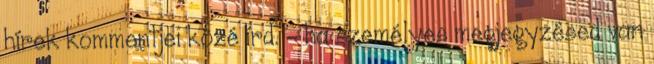
hírek kommentjei közé írd. - ha személyes megjegyzésed van